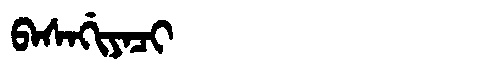
Manchu: ᠪᠠᠰᠠᡤᡳᠶᠠᠴᡳ
Romanization: BASAGIYACI